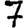
Digit: 7